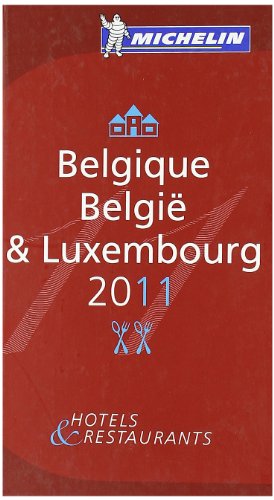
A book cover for Belgique Belgi Luxembourg 2011. (Michelin Guides); Travel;